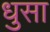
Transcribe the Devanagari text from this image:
धुसा